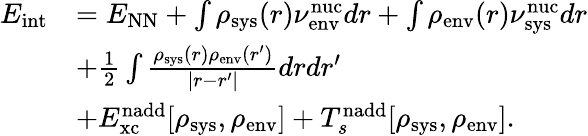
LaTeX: \begin{array}{rl}{E_{\textrm{int}}}&{=E_{\mathrm{NN}}+\int\rho_{\textrm{sys}}(r)\nu_{\textrm{env}}^{\textrm{nuc}}dr+\int\rho_{\textrm{env}}(r)\nu_{\textrm{sys}}^{\textrm{nuc}}dr}\\ &{+\frac{1}{2}\int\frac{\rho_{\textrm{sys}}(r)\rho_{\textrm{env}}(r^{\prime})}{|r-r^{\prime}|}drdr^{\prime}}\\ &{+E_{\textrm{xc}}^{\textrm{nadd}}[\rho_{\textrm{sys}},\rho_{\textrm{env}}]+T_{s}^{\textrm{nadd}}[\rho_{\textrm{sys}},\rho_{\textrm{env}}].}\end{array}